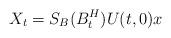
LaTeX: \begin{align*}X_t=S_B(B^H_t)U(t,0)x\end{align*}